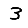
Digit: 3